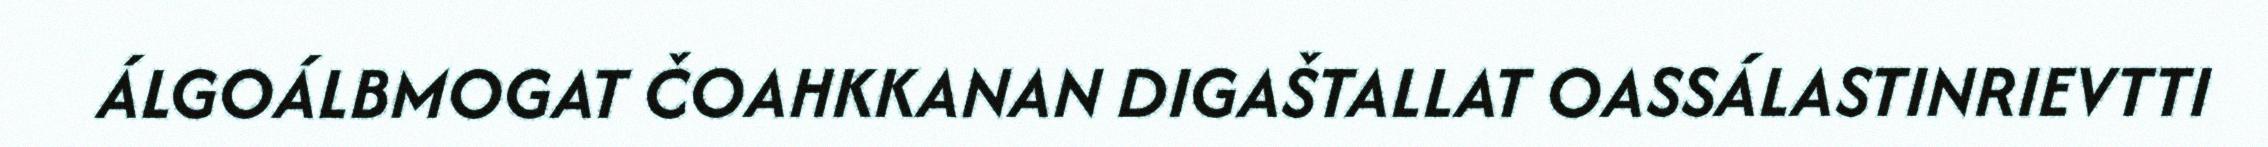
ÁLGOÁLBMOGAT ČOAHKKANAN DIGAŠTALLAT OASSÁLASTINRIEVTTI